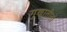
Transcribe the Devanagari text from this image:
गुणातीतो